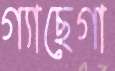
গ্যাছেগা